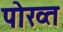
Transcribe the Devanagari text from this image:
पोख्त